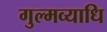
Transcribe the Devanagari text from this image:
गुल्मव्याधि